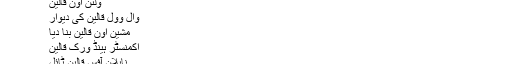
8000 پی سیز / ماہ
Hot Tags: کپاس گھوڑے رگ، چین، مینوفیکچررز، سپلائرز، فیکٹری، تھوک، اپنی مرضی کے مطابق
ولٹن اون قالین
وال وول قالین کی دیوار
مشین اون قالین بنا دیا
اکمنسٹر ہینڈ ورک قالین
نایلان آفس قالین ٹائل
کا ایک جوڑا: پولِيَسٹَر رابباد قالین
اگلا: پولپروپین ایریا رگ